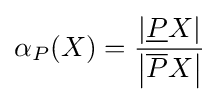
\alpha _{P}(X)={\frac {\left|{\underline {P}}X\right|}{\left|{\overline {P}}X\right|}}